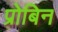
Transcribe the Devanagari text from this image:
प्रोबिन